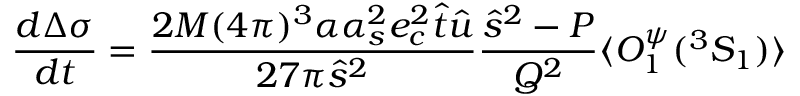
\frac { d \Delta \sigma } { d t } = \frac { 2 M ( 4 \pi ) ^ { 3 } \alpha \alpha _ { s } ^ { 2 } e _ { c } ^ { 2 } \hat { t } \hat { u } } { 2 7 \pi \hat { s } ^ { 2 } } \frac { \hat { s } ^ { 2 } - P } { Q ^ { 2 } } \langle { \cal O } _ { 1 } ^ { \psi } ( { } ^ { 3 } S _ { 1 } ) \rangle